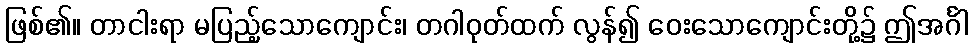
ဖြစ်၏။ တာငါးရာ မပြည့်သောကျောင်း၊ တဂါဝုတ်ထက် လွန်၍ ဝေးသောကျောင်းတို့၌ ဤအင်္ဂါ